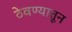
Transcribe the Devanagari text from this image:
ठेवण्यातून